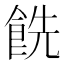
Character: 𩛔